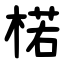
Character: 楉